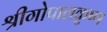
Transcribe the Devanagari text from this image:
श्रीगोपालकृष्ण